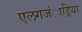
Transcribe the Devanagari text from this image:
एलगजंाड्रिया